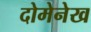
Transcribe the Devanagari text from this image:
दोमेनेख